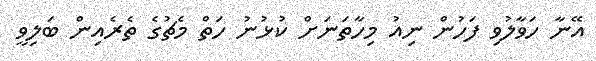
އޭނާ ހަވާލުވި ފަހުން ނިއު މިހާތަނަށް ކުޅުނު ހަތް މެޗުގެ ތެރެއިން ބަލިވީ